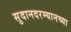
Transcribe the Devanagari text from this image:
सुदानदरम्यानच्या